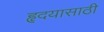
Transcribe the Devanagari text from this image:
हृदयासाठी